Sanitation, dispensaries and jails vaccination Rajputana 1922-1927 - 1922-1927
Year: 1922
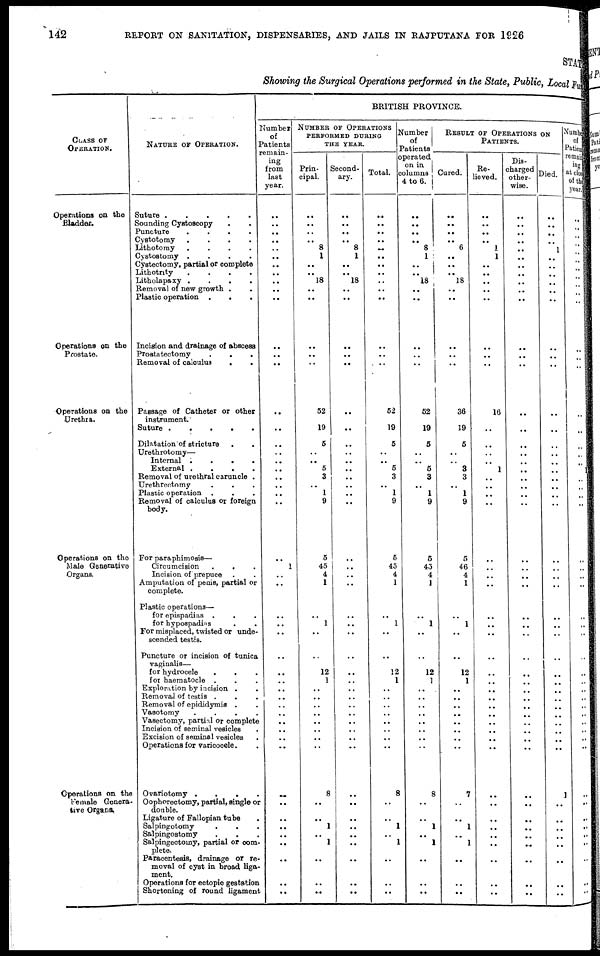
142
REPORT ON SANITATION, DISPENSARIES, AND JAILS IN RAJPUTANA FOR 1926
STATE
Showing the Surgical Operations performed in the State, Public, Local Fund
CLASS OF
OPERATION.
Operations on the
Bladder.
Operations on the
Prostate.
Operations on the
Urethra.
Operations on the
Male Generative
Organs.
Operations on the
Female Genera-
tive Organs..
NATURE OF OPERATION.
Suture .
.
.
.
.
Sounding Cystoscopy . .
Puncture
.
.
.
.
Cystotomy
.
.
.
.
Lithotomy
.
.
.
.
Cystostomy .
.
.
.
Cystectomy, partial or complete
Lithotrity
.
.
.
.
Litholapaxy .
.
.
.
Removal of new growth . .
Plastic operation .
. .
Incision and drainage of abscess
Prostatectomy
.
.
.
Removal of calculus
.
.
Passage of Catheter or other
instrument.
Suture
.
.
. . .
Dilatation of stricture . .
Urethrotomy—
Internal .
.
.
.
External .
.
.
.
Removal of urethral caruncle .
Urethrectomy . . .
Plastic operation . . .
Removal of calculus or foreign
body.
For paraphimosis—
Circumcision
.
. .
Incision of prepuce . .
Amputation of penis, partial or
complete.
Plastic operations—
for epispadias .
. .
for hypospadias . .
For misplaced, twisted or unde¬
scended testis.
Puncture or incision of tunica
vaginalis—
for hydrocele
.
. .
for haematocle . . .
Exploration by incision . .
Removal of testis . .
Removal of epididymis . .
Vasotomy
.
.
.
.
Vasectomy, partial or complete
Incision of seminal vesicles .
Excision of seminal vesicles .
Operations for varicocele. .
Ovariotomy .
.
.
.
Oophorectomy, partial, single or
double.
Ligature of Fallopian tube
.
Salpingotomy
.
.
.
Salpingostomy . . .
Salpingectomy, partial or com-
plete.
Paracentesis, drainage or re-
moval of cyst in broad liga-
ment.
Operations for ectopic gestation
Shortening of round ligament
BRITISH PROVINCE.
Number
of
Patients
remain¬
ing
from
last
year.
..
..
..
..
.. ..
..
..
..
..
..
..
..
..
..
..
..
.. ..
..
..
..
..
..
..
1
..
..
..
..
..
..
..
..
..
..
..
..
..
..
..
..
..
..
..
..
..
..
..
..
..
NUMBER OF OPERATIONS
PERFORMED DURING
THE YEAR.
Prin¬
cipal.
..
..
..
..
8
1
..
..
18
..
..
..
..
..
52
19
5
.. ..
5
3
1 ..
9
5
45
4
1
..
1
..
..
12
1
..
..
..
..
..
..
..
..
8
..
..
1
..
1
..
..
..
Second¬
ary.
..
..
..
..
8
1
..
..
18
..
..
..
..
..
..
..
..
.. ..
..
..
..
..
..
..
..
..
..
..
..
..
..
..
..
..
..
..
..
..
..
..
..
..
..
..
..
..
..
..
..
..
Total.
..
..
..
..
..
..
..
..
..
..
..
..
..
..
52
19
5
.. ..
5
3
1 ..
9
5
45
4
1
..
1
..
..
12
1
..
..
..
..
..
..
..
..
8
..
..
1
..
1
..
..
..
Number
of
Patients
operated
on in
columns
4 to 6.
..
..
..
..
8
1
..
..
18
..
..
..
..
..
52
19
5
.. ..
5
3
1 ..
9
5
45
4
1
..
1
..
..
12
1
..
..
..
..
..
..
..
..
8
..
..
1
..
1
..
..
..
RESULT OF OPERATIONS ON
PATIENTS.
Cured.
..
..
..
..
6
..
..
..
18
..
..
..
..
..
36
19
5
..
..
3
3
1 ..
9
5
46
4
1
..
1
..
..
12
1
..
..
..
..
..
..
..
..
7
..
..
1
..
1
..
..
..
Re¬
lieved.
..
..
..
..
1
1
..
..
..
..
..
..
..
..
16
..
..
.. ..
1
..
..
..
..
..
..
..
..
..
..
..
..
..
..
..
..
..
..
..
..
..
..
..
..
..
..
..
..
..
..
..
Dis¬
charged
other-
wise.
..
..
..
..
..
..
..
..
..
..
..
..
..
..
..
..
..
..
..
..
..
..
..
..
..
..
..
..
..
..
..
..
..
..
..
..
..
..
..
..
..
..
..
..
..
..
..
..
..
..
..
Died.
..
..
..
..
1
..
..
..
..
..
..
..
..
..
..
..
..
..
..
..
..
..
..
..
..
..
..
..
..
..
..
..
..
..
..
..
..
..
..
..
..
..
..
..
..
..
..
..
..
..
..
Number
of
Patient
remain¬
ing
at close
of the
year.
..
..
..
..
..
..
..
..
..
..
..
..
..
..
..
..
..
..
..
..
..
..
..
..
..
..
..
..
..
..
..
..
..
..
..
..
..
..
..
..
..
1
..
..
..
..
..
..
..
..